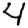
Digit: 4